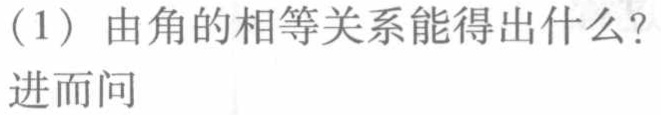
（1）由角的相等关系能得出什么？
进而问